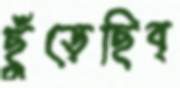
ছুঁড়েছিব্